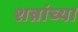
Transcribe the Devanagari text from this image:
शन्नांच्या